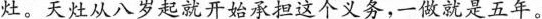
灶。天灶从八岁起就开始承担这个义务，一做就是五年。